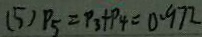
( 5 ) P _ { 5 } = P _ { 3 } + P _ { 4 } = 0 . 9 7 2